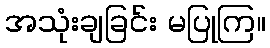
အသုံးချခြင်း မပြုကြ။